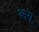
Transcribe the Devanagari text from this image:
आगू